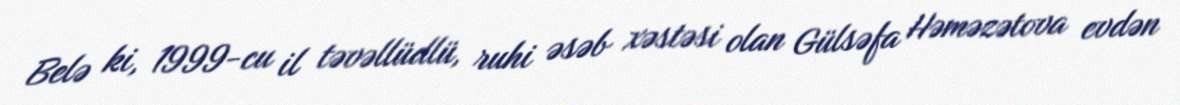
Belə ki, 1999-cu il təvəllüdlü, ruhi əsəb xəstəsi olan Gülsəfa Həməzətova evdən